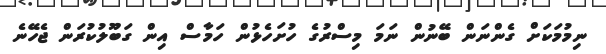
ނިމުމަކަށް ގެންނަން ބޭނުން ނަމަ މިސްރުގެ ހުށަހެޅުން ހަމާސް އިން ގަބޫލުކުރަން ޖެހޭނެ